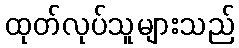
ထုတ်လုပ်သူများသည်